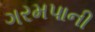
ગરમપાની